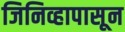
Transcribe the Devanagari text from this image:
जिनिव्हापासून